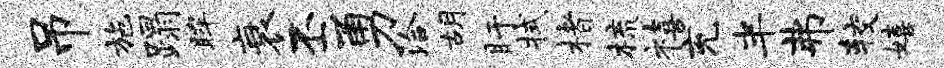
吊施蹋眸衰丕勇洽胡盱拭楮梳禧充半弗较嬉